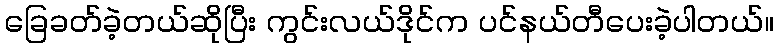
ခြေခတ်ခဲ့တယ်ဆိုပြီး ကွင်းလယ်ဒိုင်က ပင်နယ်တီပေးခဲ့ပါတယ်။